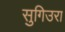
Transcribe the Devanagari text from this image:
सुगिउरा